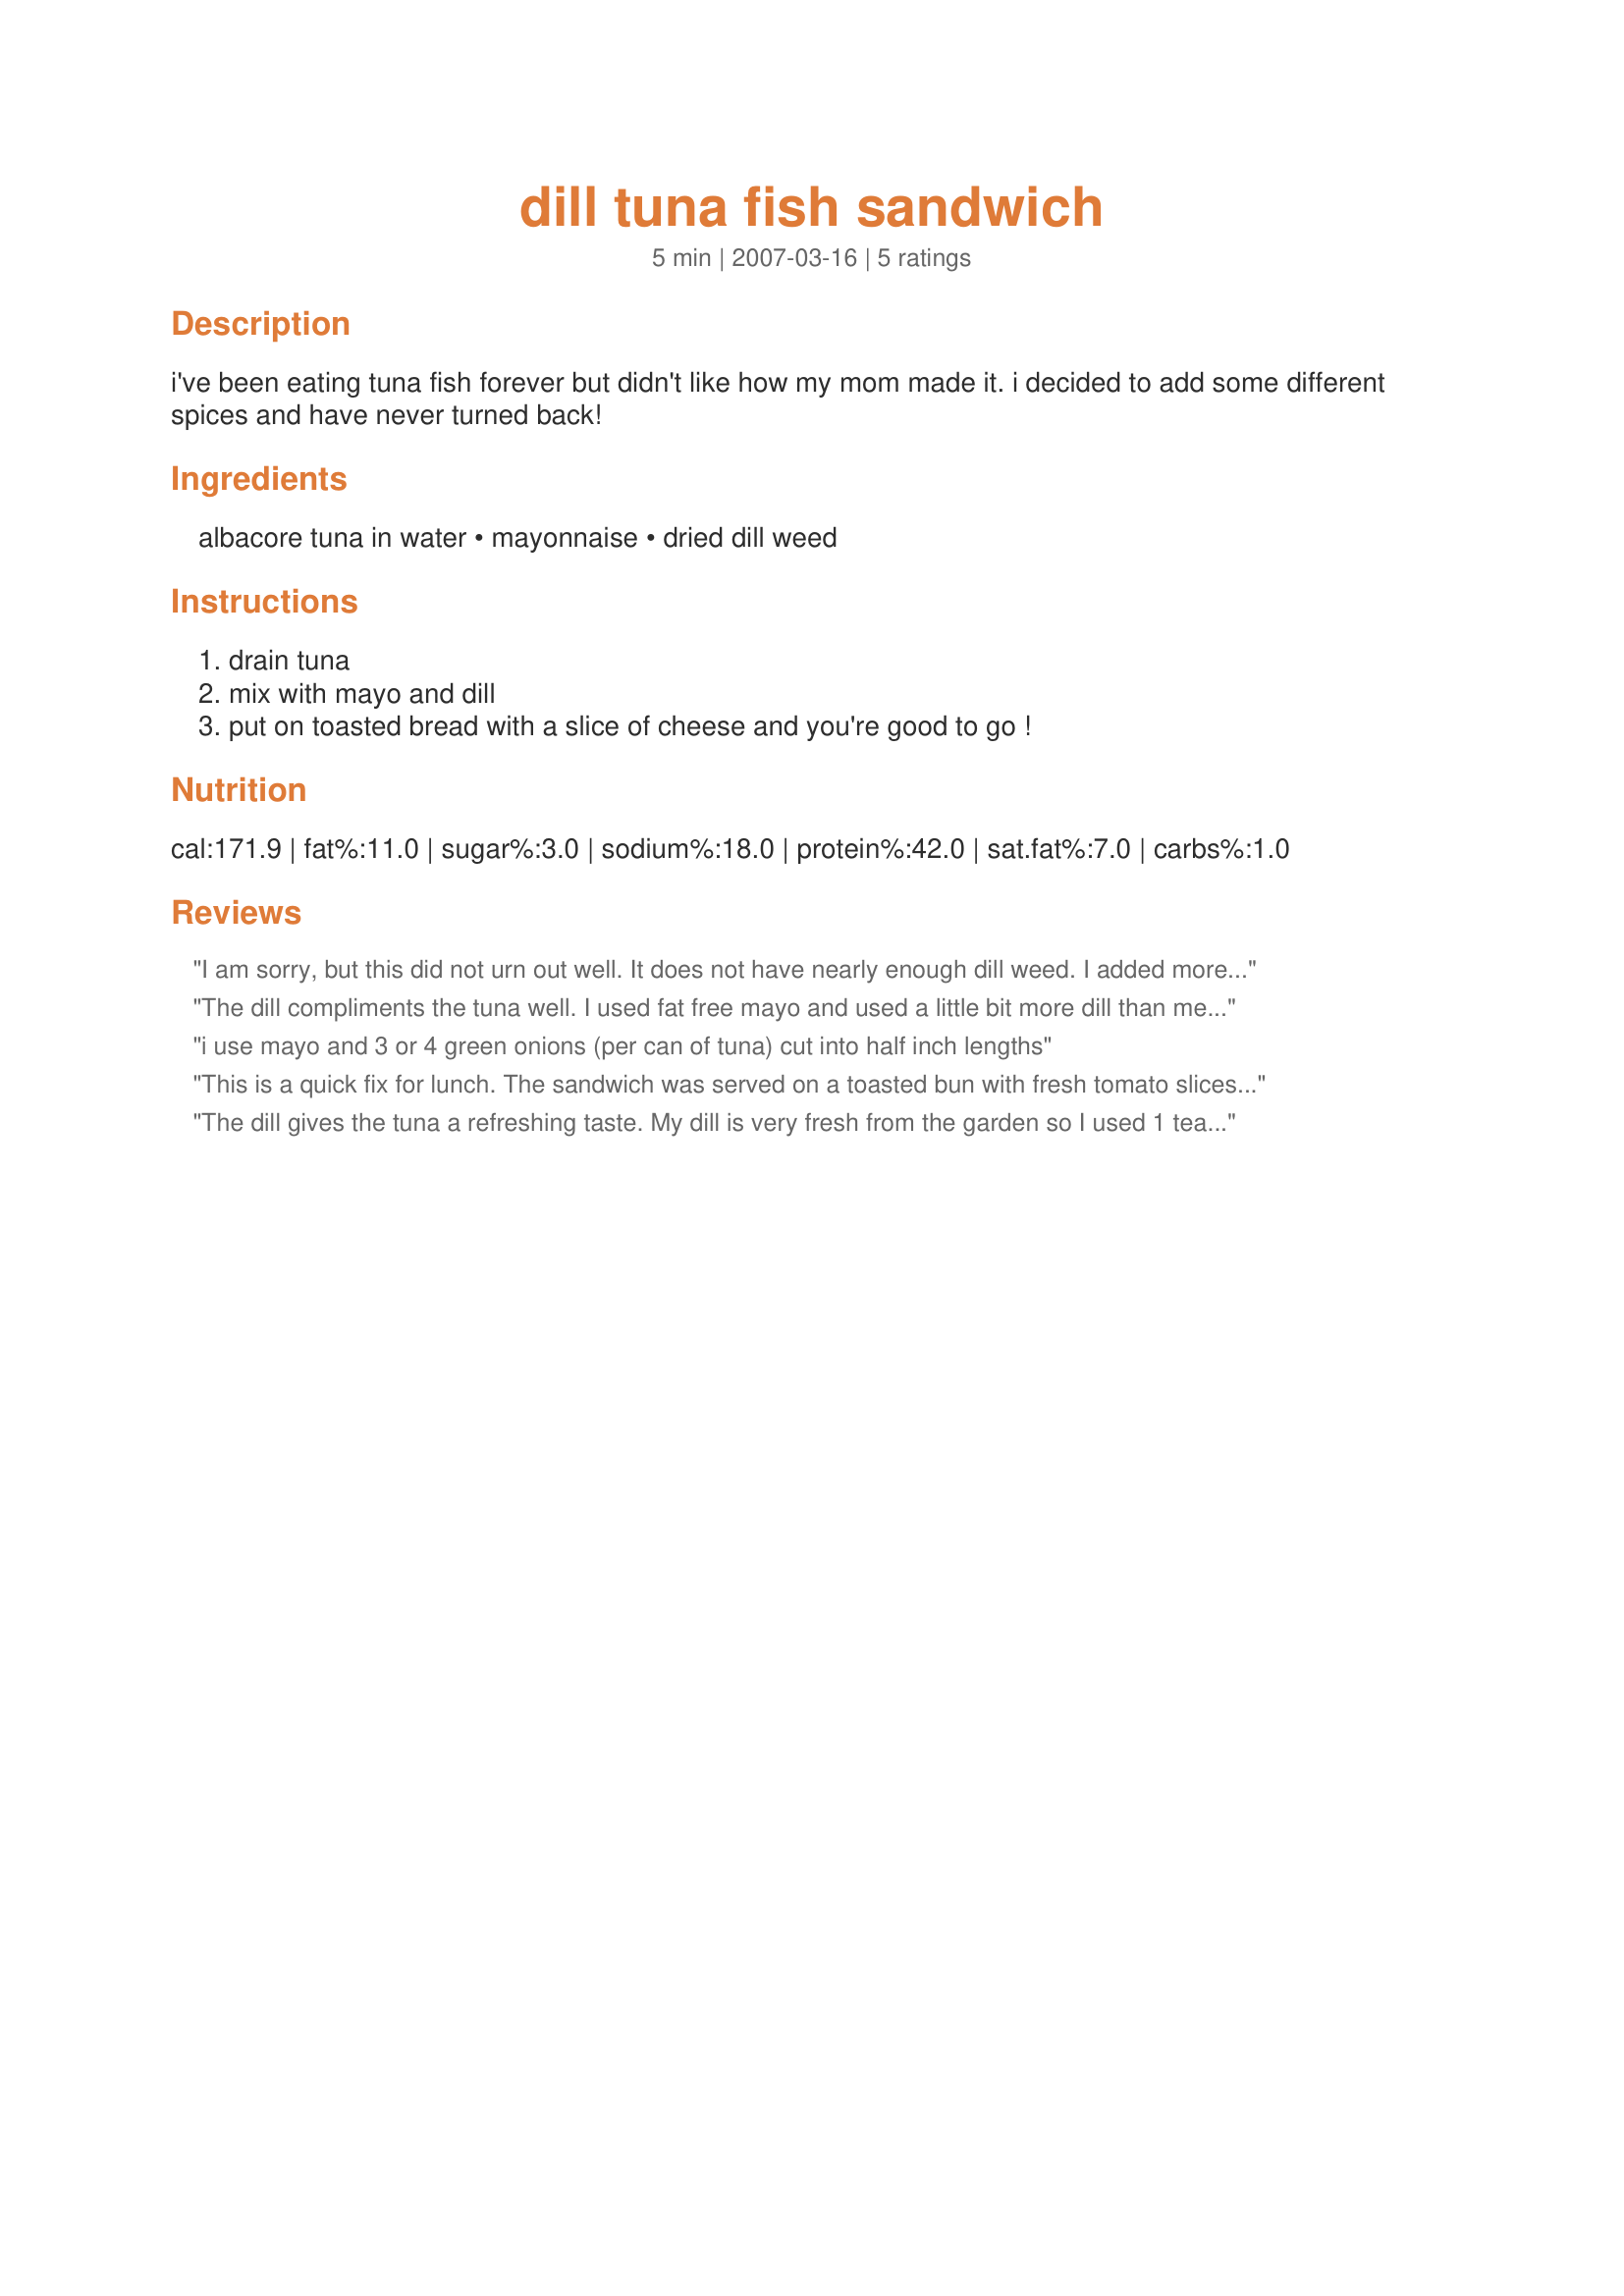
dill tuna fish sandwich
Preparation time: 5 minutes

i've been eating tuna fish forever but didn't like how my mom made it. i decided to add some different spices and have never turned back!

Ingredients:
albacore tuna in water, mayonnaise, dried dill weed

Steps:
drain tuna, mix with mayo and dill, put on toasted bread with a slice of cheese and you're good to go !

Reviews:
I am sorry, but this did not urn out well. It does not have nearly enough dill weed. I added more and still couldn't taste it. Mayo and tuna have a fairly strong taste, so you need to add more than 1/4 teaspoon of the dill weed to taste it. I wish I could give it more stars but it did quite suit my taste.
The dill compliments the tuna well. I used fat free mayo and used a little bit more dill than mentioned because I do agree it needs a bit more. I also used a little bit of freshly ground black pepper and that worked well with it too. I served it on a roll with a slice of tomato which continued the fresh feeling of the dill and tuna. Made for Pick A Chef Spring 2008 in the community forums.
i use mayo and 3 or 4 green onions (per can of tuna) cut into half inch lengths
This is a quick fix for lunch. The sandwich was served on a toasted bun with fresh tomato slices, olives and chips. Made for *PAC Spring 2008*
The dill gives the tuna a refreshing taste. My dill is very fresh from the garden so I used 1 teaspoon. Using 1/4 teaspoon more of the dried to fresh ratio. I also added fresh sliced scallions. Served on a salad.
